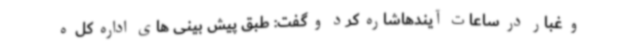
و غبار در ساعات آیندهاشاره کرد و گفت: طبق پیش بینی های اداره کل ه